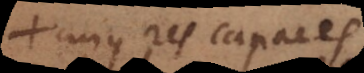
cujus res capaces